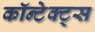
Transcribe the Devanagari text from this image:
कॉन्टेक्ट्स